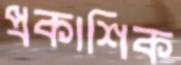
প্রকাশিক